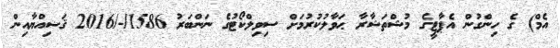
އެމް) ގެ ހިންގުން އެޕާޓީގެ މުޝްތަޝާރާ ޙަވާލުކުރުމަށް ސިވިލްކޯޓުގެ ނަންބަރު 1586/-/2016 ޤަޟިއްޔާއިން